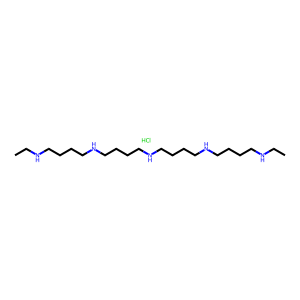
SMILES: CCNCCCCNCCCCNCCCCNCCCCNCC.Cl
Inhibits HIV replication: No